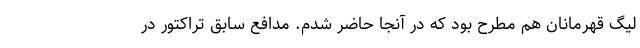
لیگ قهرمانان هم مطرح بود که در آنجا حاضر شدم. مدافع سابق تراکتور در